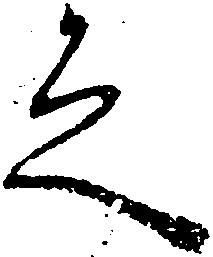
之